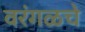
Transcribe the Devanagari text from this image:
वरंगळचे